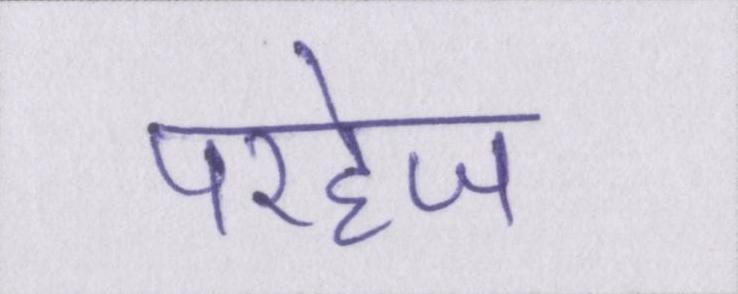
परहेज